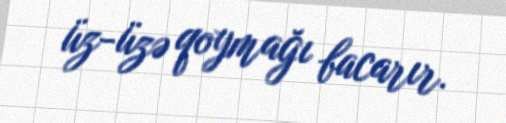
üz-üzə qoymağı bacarır.